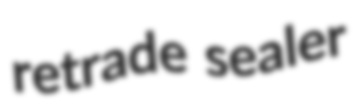
retrade sealer